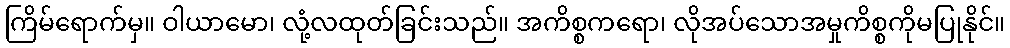
ကြိမ်ရောက်မှ။ ဝါယာမော၊ လုံ့လထုတ်ခြင်းသည်။ အကိစ္စကရော၊ လိုအပ်သောအမှုကိစ္စကိုမပြုနိုင်။